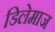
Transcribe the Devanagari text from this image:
डिलेमाज